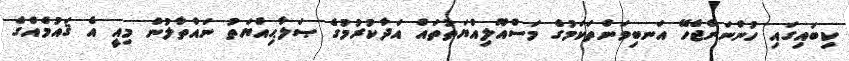
ކިބައިގައި ހުންނަންޖެހޭ އަނބިވަންތަކަމުގެ މަސްއޫލިއްޔަތުތައް އަދާކުރުމުގެ ޞަލާޙިއްޔަތު ނައްތާލުން މިއީ އެ ޤައުމެއްގެ